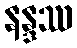
နန္ဒဿ